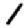
Digit: 1